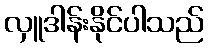
လှူဒါန်းနိုင်ပါသည်